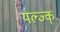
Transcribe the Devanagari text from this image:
यल्ज्क्